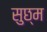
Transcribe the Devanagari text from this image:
सुछ्म